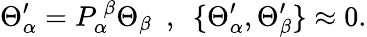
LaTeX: \Theta_{\alpha}^{\prime}=P_{\alpha}^{~\beta}\Theta_{\beta}~~,~~\{ \Theta_{\alpha}^{\prime},\Theta_{\beta}^{\prime}\} \approx 0.